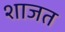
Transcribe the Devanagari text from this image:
शाजत